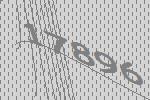
17896